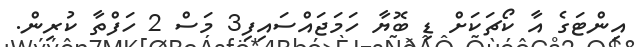
އިންޓަގެ އާ ކޯޗަކަށް ޑި ބޮޔާ ހަމަޖައްސައިފި3 މަސް 2 ހަފްތާ ކުރިން.